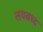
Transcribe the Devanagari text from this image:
लयबध्द